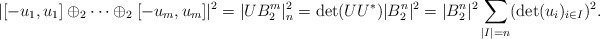
\begin{align*}|[-u_1,u_1]\oplus_2\cdots\oplus_2[-u_m,u_m]|^2=|U B_2^m|^2_n= \det (UU^*) |B_2^n|^2 =|B_2^n|^2\sum_{|I|=n}(\det(u_i)_{i\in I})^2 .\end{align*}